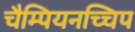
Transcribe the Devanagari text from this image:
चैम्पियनच्चिप